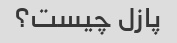
پازل چیست؟